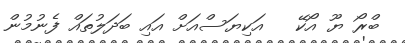
ބްރޯ ޔޫ އޯކޭ   އަކިޔަސްއަށް އައި ބަދަލުތައް ފެނުމުން